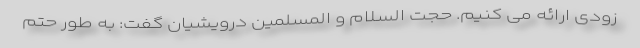
زودی ارائه می کنیم. حجت السلام و المسلمین درویشیان گفت: به طور حتم